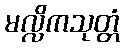
မလ္လိကသုတ္တံ